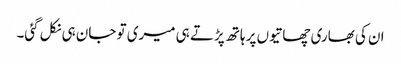
ان کی بھاری چھاتیوں پر ہاتھ پڑتے ہی میری تو جان ہی نکل گئی۔